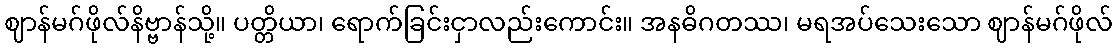
ဈာန်မဂ်ဖိုလ်နိဗ္ဗာန်သို့။ ပတ္တိယာ၊ ရောက်ခြင်းငှာလည်းကောင်း။ အနဓိဂတဿ၊ မရအပ်သေးသော ဈာန်မဂ်ဖိုလ်